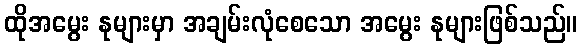
ထိုအမွေး နုများမှာ အချမ်းလုံစေသော အမွေး နုများဖြစ်သည်။